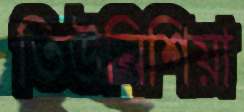
তিউনিশিয়া